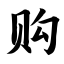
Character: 购